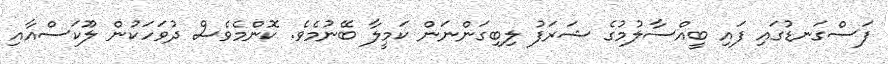
ފަސްގަނޑުގައި ފައި ބީއްސާލުމުގެ ޝަރަފު ލިބިގަންނަން ކަމީލާ ބޭނުމެވެ. ކޮންމެވެސް ދުވަހަކުން ލޫކަސްއާއި